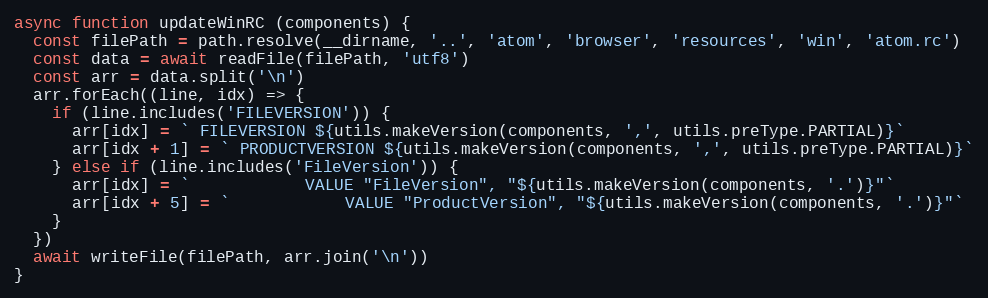
Language: JavaScript
async function updateWinRC (components) {
  const filePath = path.resolve(__dirname, '..', 'atom', 'browser', 'resources', 'win', 'atom.rc')
  const data = await readFile(filePath, 'utf8')
  const arr = data.split('\n')
  arr.forEach((line, idx) => {
    if (line.includes('FILEVERSION')) {
      arr[idx] = ` FILEVERSION ${utils.makeVersion(components, ',', utils.preType.PARTIAL)}`
      arr[idx + 1] = ` PRODUCTVERSION ${utils.makeVersion(components, ',', utils.preType.PARTIAL)}`
    } else if (line.includes('FileVersion')) {
      arr[idx] = `            VALUE "FileVersion", "${utils.makeVersion(components, '.')}"`
      arr[idx + 5] = `            VALUE "ProductVersion", "${utils.makeVersion(components, '.')}"`
    }
  })
  await writeFile(filePath, arr.join('\n'))
}